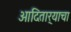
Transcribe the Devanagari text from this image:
आदितार्‍याचा